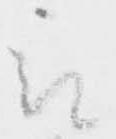
被